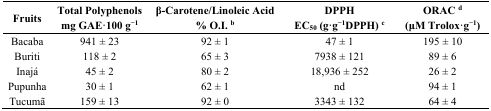
| Fruits | Total Polyphenols mg GAE·100 g−1 | β-Carotene/Linoleic Acid % O.I. b | DPPH EC50 (g·g−1DPPH) c | ORAC d (μM Trolox·g−1) |
 | --- | --- | --- | --- | --- |
 | Bacaba | 941 ± 23 | 92 ± 1 | 47 ± 1 | 195 ± 10 |
 | Buriti | 118 ± 2 | 65 ± 3 | 7938 ± 121 | 89 ± 6 |
 | Inajá | 45 ± 2 | 80 ± 2 | 18,936 ± 252 | 26 ± 2 |
 | Pupunha | 30 ± 1 | 62 ± 1 | nd | 94 ± 1 |
 | Tucumã | 159 ± 13 | 92 ± 0 | 3343 ± 132 | 64 ± 4 |